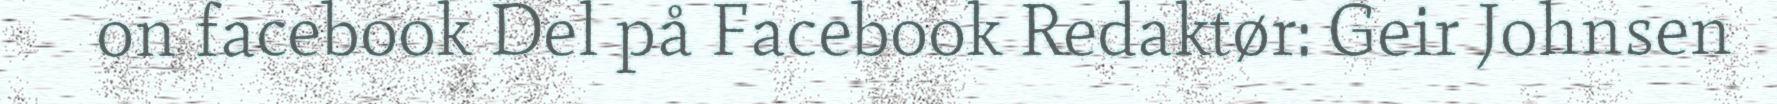
on facebook Del på Facebook Redaktør: Geir Johnsen